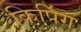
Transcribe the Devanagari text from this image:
किपिंग